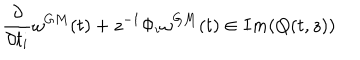
LaTeX: \frac { \partial } { \partial t _ { i } } \omega ^ { G M } ( t ) + z ^ { - 1 } \Phi _ { i } \omega ^ { G M } ( t ) \in I m ( Q ( t , z ) )